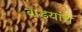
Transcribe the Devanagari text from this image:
वाडयांचे